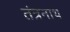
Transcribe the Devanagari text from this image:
तंत्रनाथ